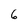
Character: 6